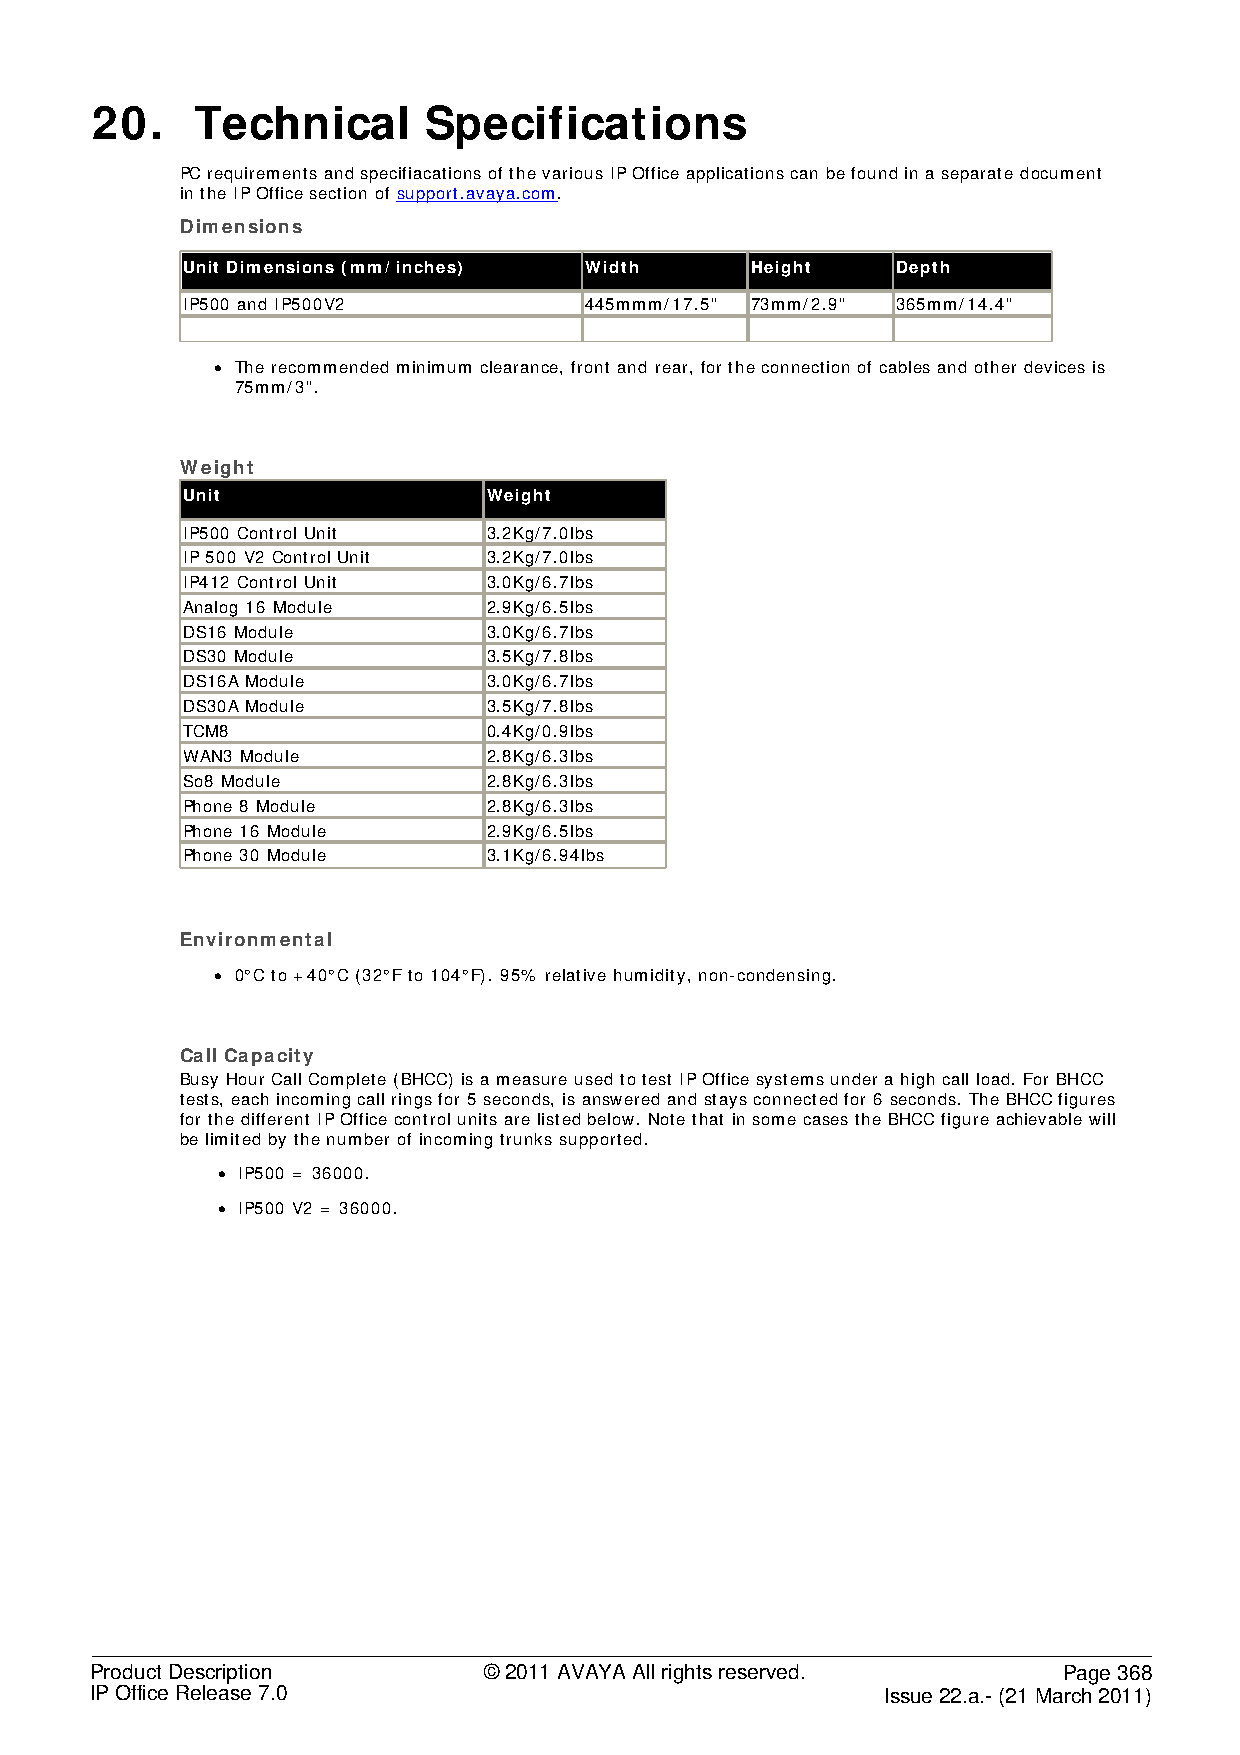
20.    Technical      Specifications
 PC requirements and specifiacations of the various IP Office applications can be found in a separate document
 in the IP Office section of support.avaya.com.
 Dimensions
 Unit Dimensions (mm/ inches) Width    Height   Depth
 IP500 and IP500V2          445mmm/17.5" 73mm/2.9" 365mm/14.4"
 • The recommended minimum clearance, front and rear, for the connection of cables and other devices is
 75mm/3".
 Weight
 Unit                Weight
 IP500 Control Unit  3.2Kg/7.0lbs
 IP 500 V2 Control Unit 3.2Kg/7.0lbs
 IP412 Control Unit  3.0Kg/6.7lbs
 Analog 16 Module    2.9Kg/6.5lbs
 DS16 Module         3.0Kg/6.7lbs
 DS30 Module         3.5Kg/7.8lbs
 DS16A Module        3.0Kg/6.7lbs
 DS30A Module        3.5Kg/7.8lbs
 TCM8                0.4Kg/0.9lbs
 WAN3 Module         2.8Kg/6.3lbs
 So8 Module          2.8Kg/6.3lbs
 Phone 8 Module      2.8Kg/6.3lbs
 Phone 16 Module     2.9Kg/6.5lbs
 Phone 30 Module     3.1Kg/6.94lbs
 Environmental
 • 0°C to +40°C (32°F to 104°F). 95% relative humidity, non-condensing.
 Call Capacity
 Busy Hour Call Complete (BHCC) is a measure used to test IP Office systems under a high call load. For BHCC
 tests, each incoming call rings for 5 seconds, is answered and stays connected for 6 seconds. The BHCC figures
 for the different IP Office control units are listed below. Note that in some cases the BHCC figure achievable will
 be limited by the number of incoming trunks supported.
 • IP500 = 36000.
 • IP500 V2 = 36000.
 Product Description       © 2011 AVAYA All rights reserved.     Page 368
 IP Office Release 7.0                                Issue 22.a.- (21 March 2011)